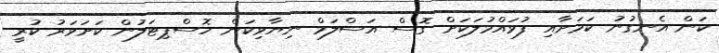
ކަން އެނގުނު ކަމަށާއި ފުވައްމުލަކަށް ގޮސް އަސްލަމް ނިޔާވިކަން ހޮސްޕިޓަލުން ކަށަވަރު ކުރީ